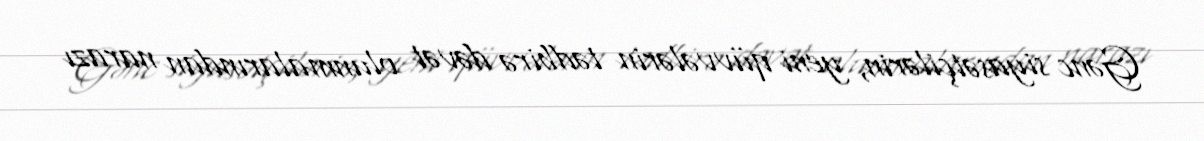
Gənc siyasətçilərin, yeni qüvvələrin tədbirə dəvət olunmalarından narazı